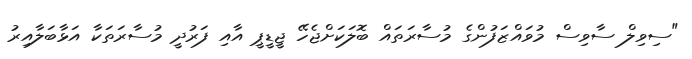
"ސިވިލް ސާވިސް މުވައްޒަފުންގެ މުސާރަތައް ބޮލަކަށްޖެހޭ ޖީޑީޕީ އާއި ފަރުދީ މުސާރަތަކާ އަޅާބަލާއިރު